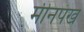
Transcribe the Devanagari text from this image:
मीनपंख